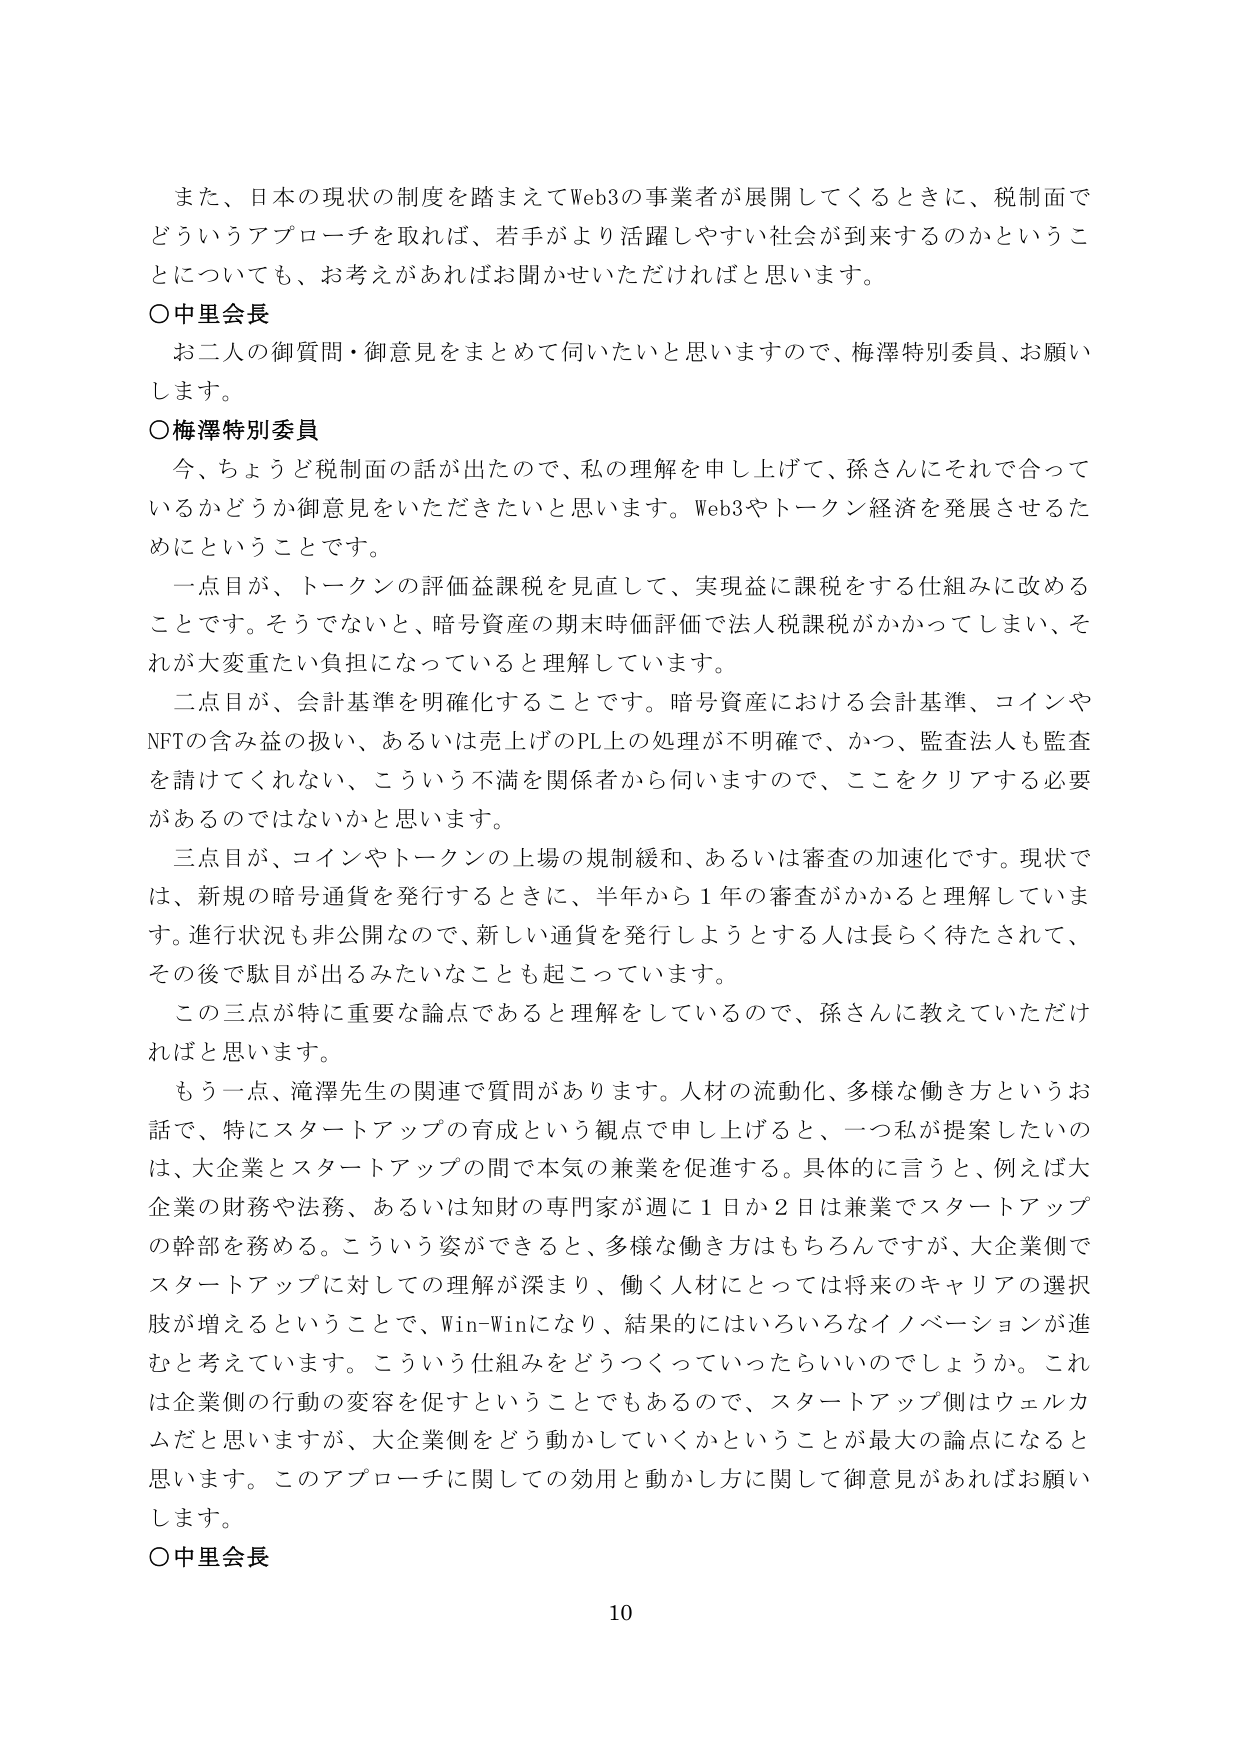
また、日本の現状の制度を踏まえてWeb3の事業者が展開してくるときに、税制面でどういうアプローチを取れば、若手がより活躍しやすい社会が到来するのかということについても、お考えがあればお聞かせいただければと思います。

○中里会長
お二人の御質問・御意見をまとめて伺いたいと思いますので、梅澤特別委員、お願いします。

○梅澤特別委員
今、ちょうど税制面の話が出たので、私の理解を申し上げて、孫さんにそれで合っているかどうか御意見をいただきたいと思います。Web3やトークン経済を発展させるためにということです。
一点目が、トークンの評価益課税を見直して、実現益に課税をする仕組みに改めることです。そうでないと、暗号資産の期末時価評価で法人税課税がかかってしまい、それが大変重たい負担になっていると理解しています。
二点目が、会計基準を明確化することです。暗号資産における会計基準、コインやNFTの含み益の扱い、あるいは売上げのPL上の処理が不明確で、かつ、監査法人も監査を請けてくれない、こういう不満を関係者から伺いますので、ここをクリアする必要があるのではないかと思います。
三点目が、コインやトークンの上場の規制緩和、あるいは審査の加速化です。現状では、新規の暗号通貨を発行するときに、半年から１年の審査がかかると理解しています。進行状況も非公開なので、新しい通貨を発行しようとする人は長らく待たされて、その後で駒目が出るみたいなことも起こっています。
この三点が特に重要な論点であると理解をしているので、孫さんに教えていただければと思います。
もう一点、滝澤先生の関連で質問があります。人材の流動化、多様な働き方というお話で、特にスタートアップの育成という観点で申し上げると、一つ私が提案したいのは、大企業とスタートアップの間で本気の兼業を促進する。具体的に言うと、例えば大企業の財務や法務、あるいは知財の専門家が週に１日か２日は兼業でスタートアップの幹部を務める。こういう姿ができると、多様な働き方はもちろんですが、大企業側でスタートアップに対しての理解が深まり、働く人材にとっては将来のキャリアの選択肢が増えるということで、Win-Winになり、結果的にはいろいろなイノベーションが進むと考えています。こういう仕組みをどうつくっていったらいいのでしょうか。これは企業側の行動の変容を促すということでもあるので、スタートアップ側はウェルカムだと思いますが、大企業側をどう動かしていくかということが最大の論点になると思います。このアプローチに関しての効用と動かし方に関して御意見があればお願いします。

○中里会長

10